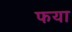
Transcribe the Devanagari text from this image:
फया